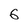
Character: 6